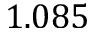
1 . 0 8 5